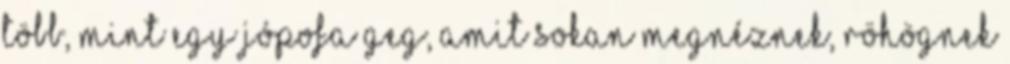
több, mint egy jópofa geg, amit sokan megnéznek, röhögnek